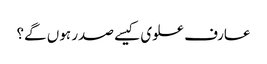
عارف علوی کیسے صدر ہوں گے؟